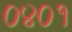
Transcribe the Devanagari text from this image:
०४०१